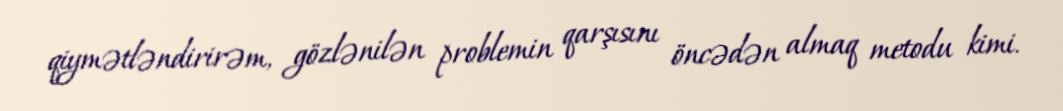
qiymətləndirirəm, gözlənilən problemin qarşısını öncədən almaq metodu kimi.